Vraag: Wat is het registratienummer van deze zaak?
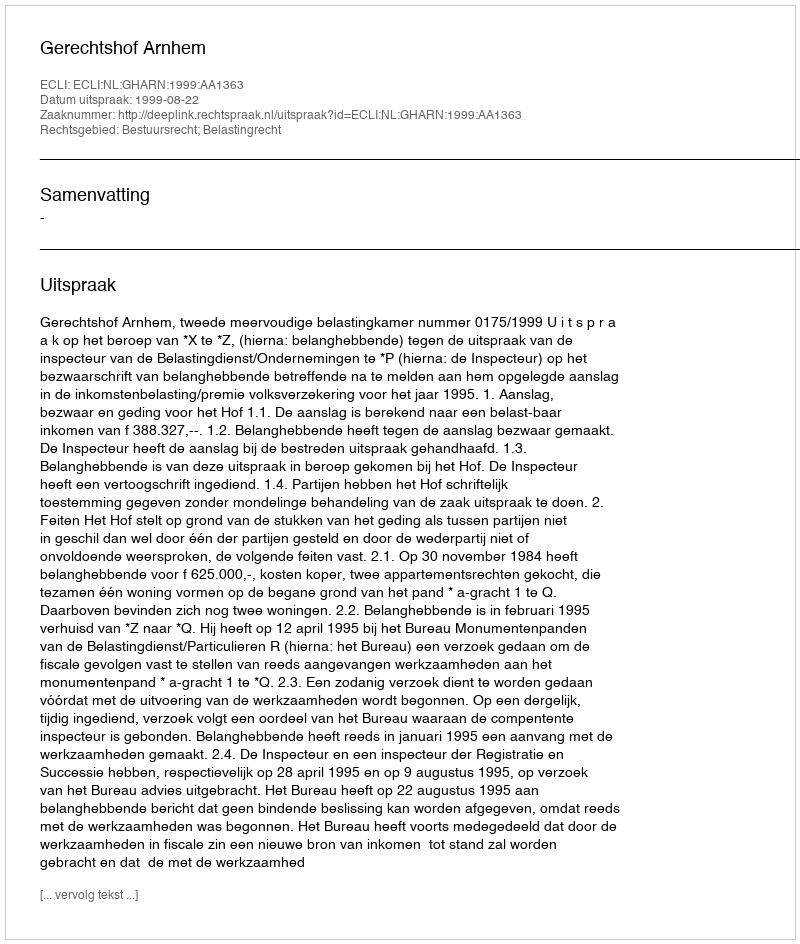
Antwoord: http://deeplink.rechtspraak.nl/uitspraak?id=ECLI:NL:GHARN:1999:AA1363